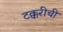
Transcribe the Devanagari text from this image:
टक्करीची